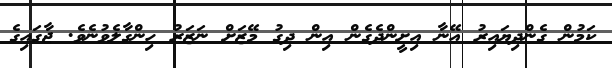
ކަމުން ގެންދިޔައިރު އޭނާ އިށީންދެގެން އިން ދިގު މޭޒަށް ނަޒަރު ހިންގާލެވުނެވެ. ޖާގައިގެ